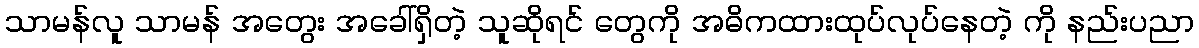
သာမန်လူ သာမန် အတွေး အခေါ်ရှိတဲ့ သူဆိုရင် တွေကို အဓိကထားထုပ်လုပ်နေတဲ့ ကို နည်းပညာ